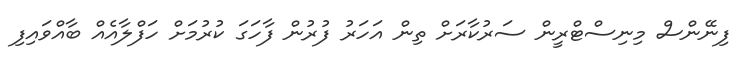
ފިނޭންސް މިނިސްޓްރީން ސަރުކާރަށް ތިން އަހަރު ފުރުން ފާހަގަ ކުރުމަށް ހަފްލާއެއް ބާއްވައިފި